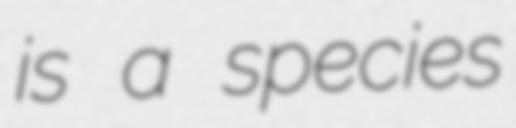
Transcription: is a species